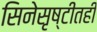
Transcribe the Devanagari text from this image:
सिनेसृष्टीतही